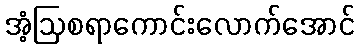
အံ့ဩစရာကောင်းလောက်အောင်